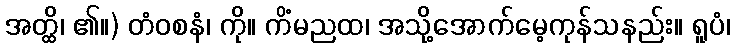
အတ္ထိ၊ ၏။) တံဝစနံ၊ ကို။ ကိံမညထ၊ အသို့အောက်မေ့ကုန်သနည်း။ ရူပံ၊